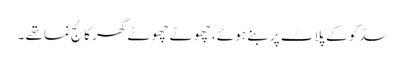
سڈکو کے پلاٹ پر بنے ہوئے ، چھوٹے چھوٹے گھر کاٹج نما تھے ۔